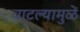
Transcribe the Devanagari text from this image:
वाटल्यामुळें